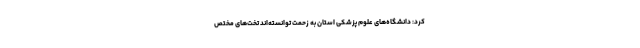
کرد: دانشگاه‌های علوم پزشکی استان به زحمت توانسته‌اند تخت‌های مختص